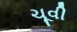
ચૂવી